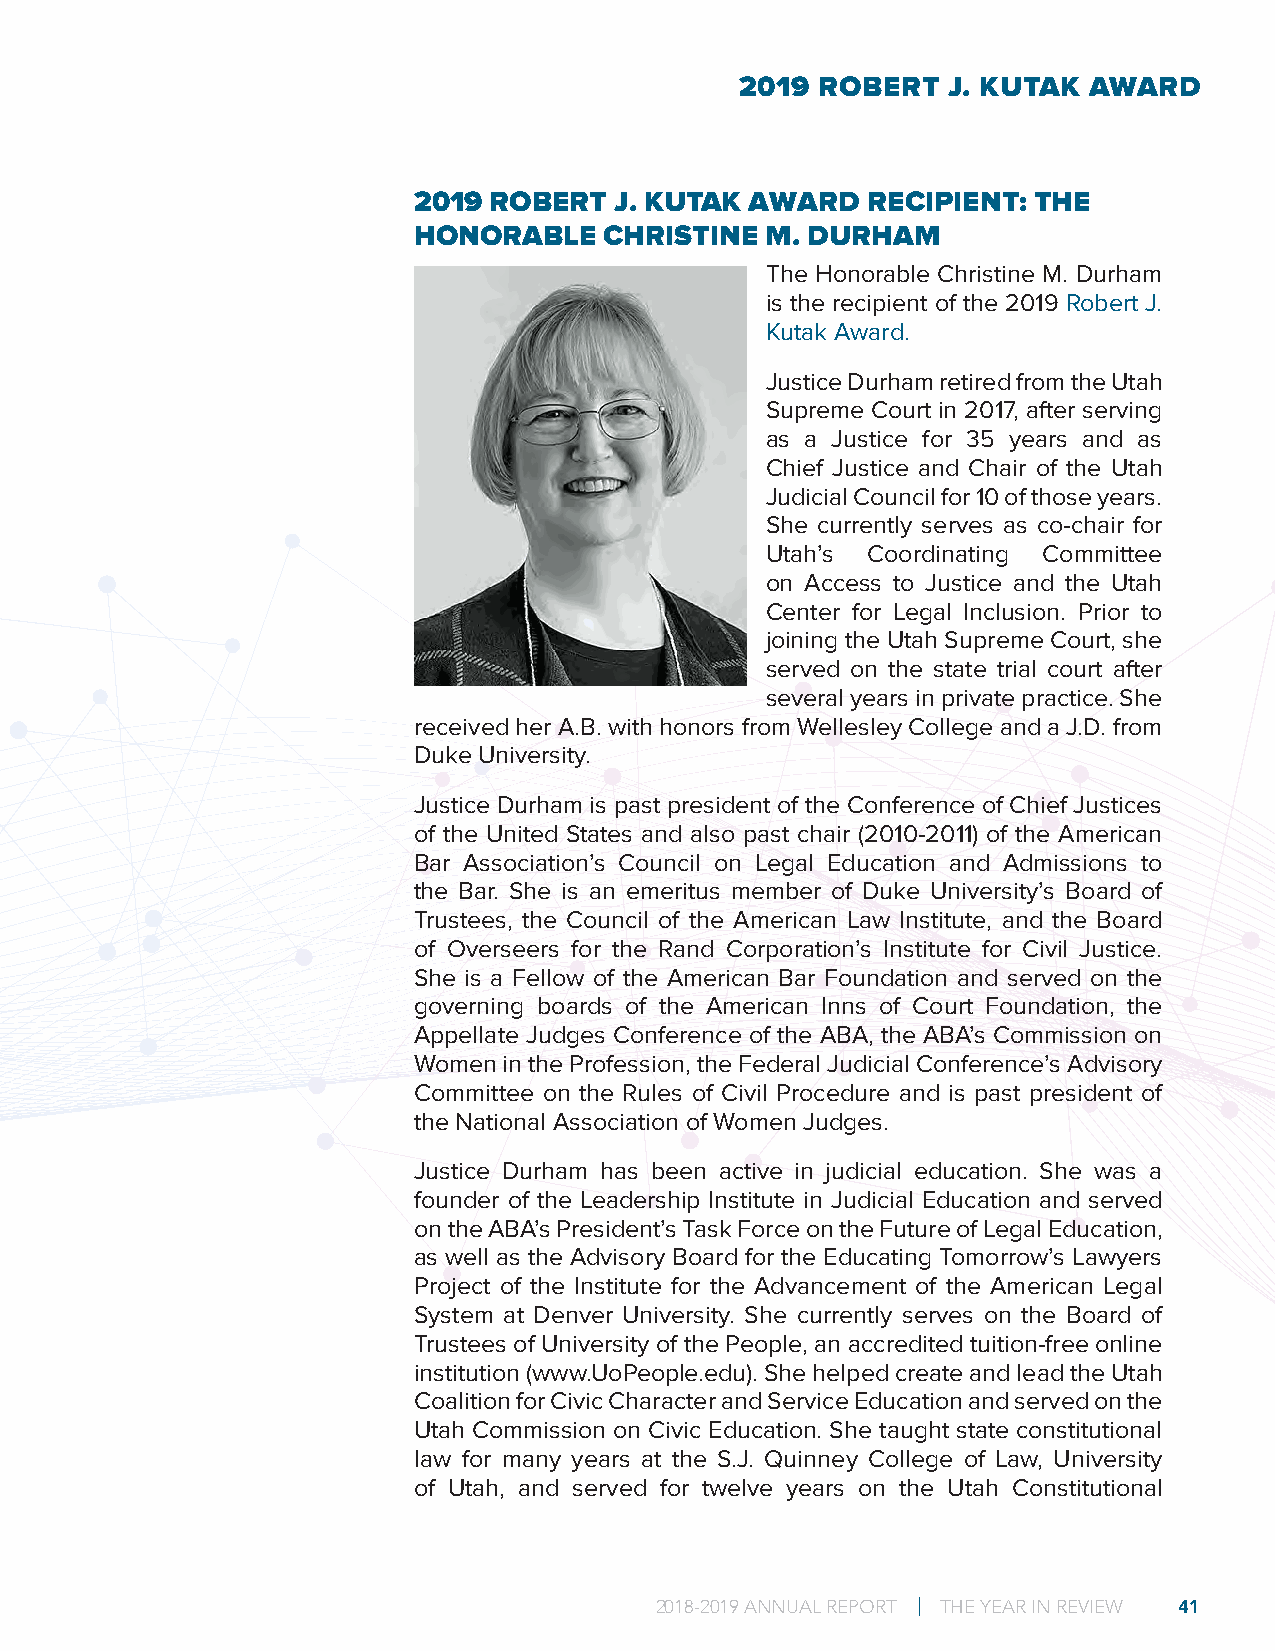
2019 ROBERT   J. KUTAK AWARD
 2019 ROBERT   J. KUTAK AWARD  RECIPIENT: THE
 HONORABLE    CHRISTINE  M. DURHAM
 The Honorable Christine M. Durham
 is the recipient of the 2019 Robert J.
 Kutak Award.
 Justice Durham retired from the Utah
 Supreme Court in 2017, after serving
 as a Justice for 35 years and as
 Chief Justice and Chair of the Utah
 Judicial Council for 10 of those years.
 She currently serves as co-chair for
 Utah’s Coordinating Committee
 on Access to Justice and the Utah
 Center for Legal Inclusion. Prior to
 joining the Utah Supreme Court, she
 served on the state trial court after
 several years in private practice. She
 received her A.B. with honors from Wellesley College and a J.D. from
 Duke University.
 Justice Durham is past president of the Conference of Chief Justices
 of the United States and also past chair (2010-2011) of the American
 Bar Association’s Council on Legal Education and Admissions to
 the Bar. She is an emeritus member of Duke University’s Board of
 Trustees, the Council of the American Law Institute, and the Board
 of Overseers for the Rand Corporation’s Institute for Civil Justice.
 She is a Fellow of the American Bar Foundation and served on the
 governing boards of the American Inns of Court Foundation, the
 Appellate Judges Conference of the ABA, the ABA’s Commission on
 Women in the Profession, the Federal Judicial Conference’s Advisory
 Committee on the Rules of Civil Procedure and is past president of
 the National Association of Women Judges.
 Justice Durham has been active in judicial education. She was a
 founder of the Leadership Institute in Judicial Education and served
 on the ABA’s President’s Task Force on the Future of Legal Education,
 as well as the Advisory Board for the Educating Tomorrow’s Lawyers
 Project of the Institute for the Advancement of the American Legal
 System at Denver University. She currently serves on the Board of
 Trustees of University of the People, an accredited tuition-free online
 institution (www.UoPeople.edu). She helped create and lead the Utah
 Coalition for Civic Character and Service Education and served on the
 Utah Commission on Civic Education. She taught state constitutional
 law for many years at the S.J. Quinney College of Law, University
 of Utah, and served for twelve years on the Utah Constitutional
 2018-2019 ANNUAL REPORT | THE YEAR IN REVIEW 41